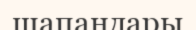
шапандары